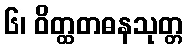
၆၊ ဝိတ္ထတဓနသုတ္တ